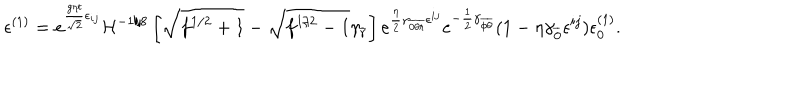
\epsilon ^ { ( 1 ) } = e ^ { { \frac { g \eta t } { \sqrt { 2 } } } \epsilon _ { i j } } { \cal H } ^ { - 1 / 8 } \left[ \sqrt { f ^ { 1 / 2 } + 1 } - \sqrt { f ^ { 1 / 2 } - 1 } \gamma _ { \overline { { { r } } } } \right] e ^ { { \frac { \eta } { 2 } } \gamma _ { \overline { { { 0 \theta r } } } } \epsilon ^ { i j } } e ^ { - { \frac { 1 } { 2 } } \gamma _ { \overline { { { \phi \theta } } } } } ( 1 - \eta \gamma _ { \overline { { { 0 } } } } \epsilon ^ { i j } ) \epsilon _ { 0 } ^ { ( 1 ) } .